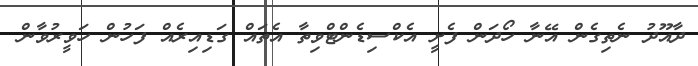
ދާއޫދު ނެތިގެން އޭނާ ހޯދަން ފެށީ އެކްސިޑެންޓްވިތާ އެތައް ގަޑިއިރެއް ފަހުން ހަވީރުވާން